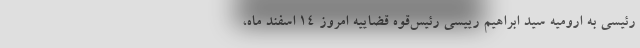
رئیسی به ارومیه سید ابراهیم رییسی رئیس‌قوه قضاییه امروز ۱۴ اسفند ماه،